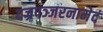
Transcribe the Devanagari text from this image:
वज्रपञ्जरनामेदं